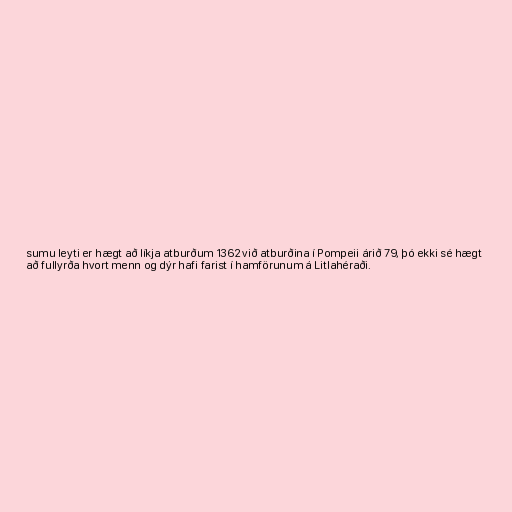
sumu leyti er hægt að líkja atburðum 1362 við atburðina í Pompeii árið 79, þó ekki sé hægt
að fullyrða hvort menn og dýr hafi farist í hamförunum á Litlahéraði.